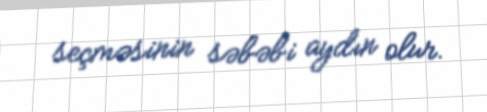
seçməsinin səbəbi aydın olur.